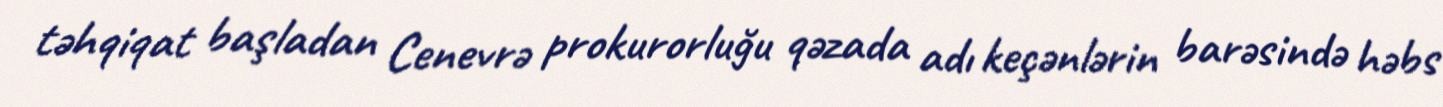
təhqiqat başladan Cenevrə prokurorluğu qəzada adı keçənlərin barəsində həbs